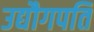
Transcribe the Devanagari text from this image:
उद्यौगपति